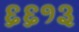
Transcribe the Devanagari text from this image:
६६१३